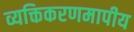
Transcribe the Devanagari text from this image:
व्यक्तिकरणमापीय